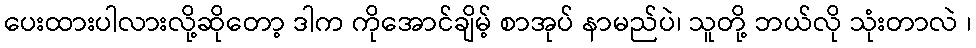
ပေးထားပါလားလို့ဆိုတော့ ဒါက ကိုအောင်ချိမ့် စာအုပ် နာမည်ပဲ၊ သူတို့ ဘယ်လို သုံးတာလဲ ၊